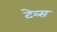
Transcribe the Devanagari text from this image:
टेव्स